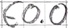
Text: E0.0